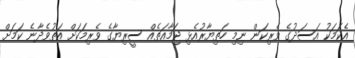
އެކަމަކު އަސަދުގެ ވެރިކަން ނިމި ހަތިޔާރުއެޅި ޖަމާއަތެއް ސީރިޔާގެ ވެރިމަކަށް އަތުވެދާނެ ކަމަށް